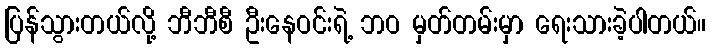
ပြန်သွားတယ်လို့ ဘီဘီစီ ဦးနေဝင်းရဲ့ ဘဝ မှတ်တမ်းမှာ ရေးသားခဲ့ပါတယ်။